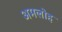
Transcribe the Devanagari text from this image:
अमलोह